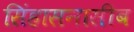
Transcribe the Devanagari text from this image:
सिंहासनासीब